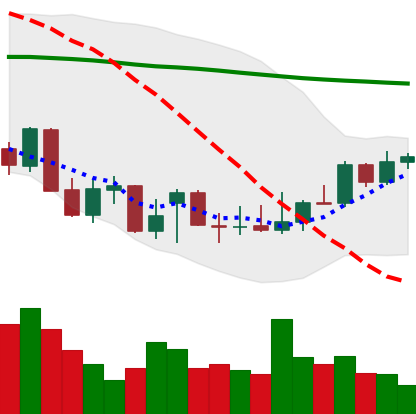
Ticker: XLM-USD
Chart end date: 2021-12-26
Forward return: -8.26%
Label: down_7plus